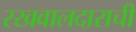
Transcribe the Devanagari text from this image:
रखवालदाराची